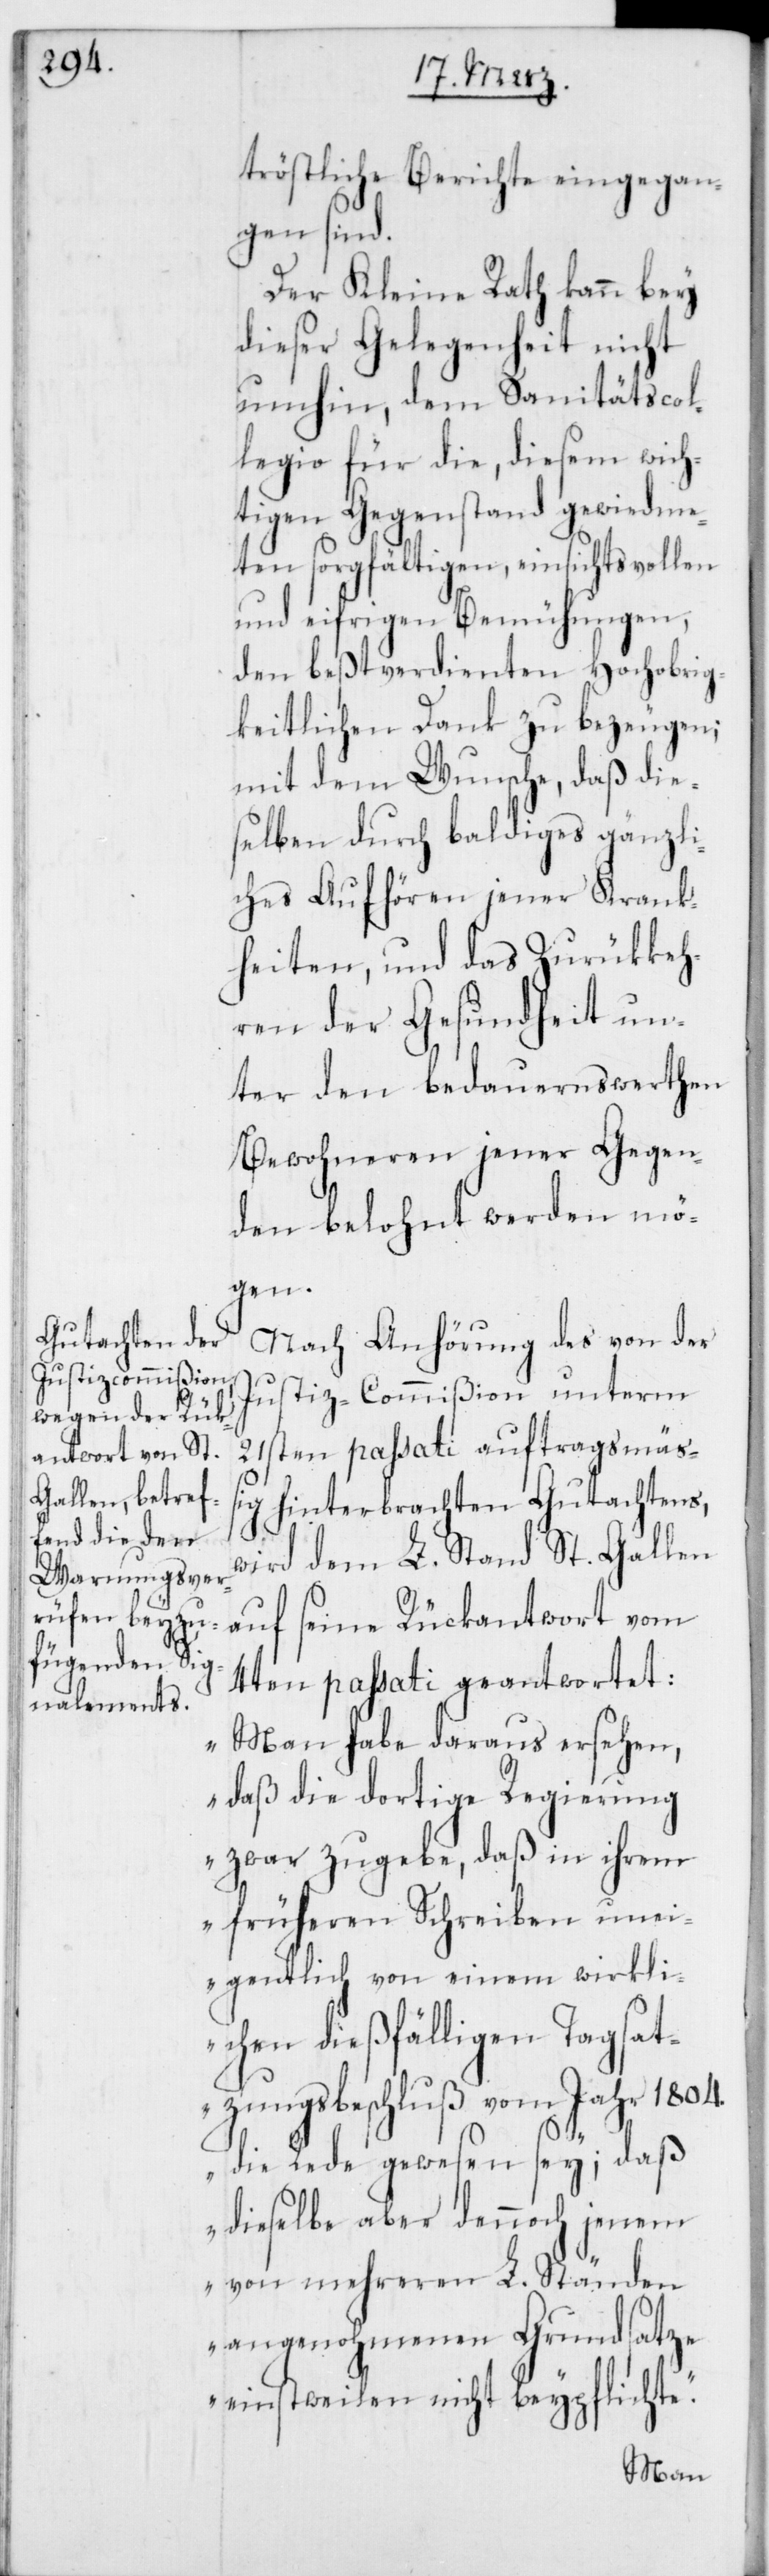
tröstliche Berichte eingegan¬
gen sind.
Der Kleine Rath kann bey
dieser Gelegenheit nicht
umhin, dem Sanitätscol¬
legio für die, diesem wich¬
tigen Gegenstand gewiedme¬
ten sorgfältigen, einsichtsvollen
und eifrigen Bemühungen,
den beßtverdienten Hochobrig¬
keitlichen Dank zu bezeugen;
mit dem Wunsche, daß die¬
selben durch baldiges gänzli¬
ches Aufhören jener Krank¬
heiten, und das Zurükkeh¬
ren der Gesundheit un¬
ter den bedauernswerthen
Bewohneren jener Gegen¬
den belohnt werden mö¬
gen.
Nach Anhörung des von der
Justiz-Commißion unterm
21sten passati auftragsmäß¬
ig hinterbrachten Gutachtens,w¬
ird dem L. Stand St. Gallen
auf seine Rückantwort vom
4ten passati geantwortet:
„Man habe daraus ersehen,
daß die dortige Regierung
zwar zugebe, daß in ihrem
früheren Schreiben une¬
igentlich von einem wirkli¬
chen dießfälligen Tagsat¬
zungsbeschluß vom Jahr 1804.
die Rede gewesen sey; daß
dieselbe aber dennoch jenem
von mehreren L. Ständen
angenohmenen Grundsatze
einstweilen nicht beypflichte.